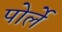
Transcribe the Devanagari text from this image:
पोर्ले